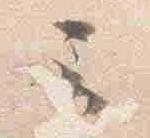
云